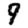
Digit: 9